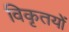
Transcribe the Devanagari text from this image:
विकृतयों